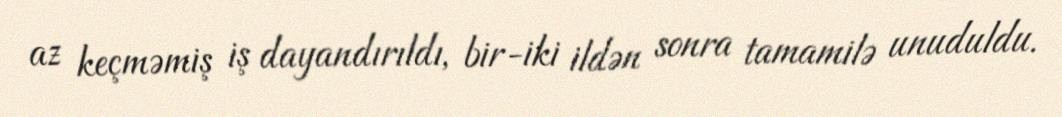
az keçməmiş iş dayandırıldı, bir-iki ildən sonra tamamilə unuduldu.